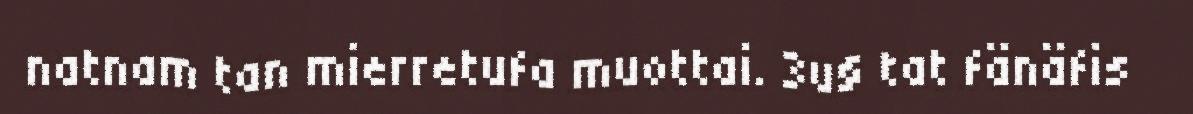
natnam tan mierretufa muottai. 3u§ tat fänäfis